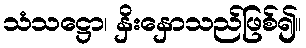
သံသဋ္ဌော၊ နှိးနှောသည်ဖြစ်၍။